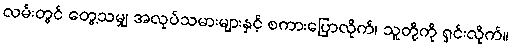
လမ်းတွင် တွေ့သမျှ အလုပ်သမားများနှင့် စကားပြောလိုက်၊ သူတို့ကို ရှင်းလိုက်။